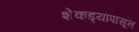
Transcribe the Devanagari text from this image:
शेकड्यापासून